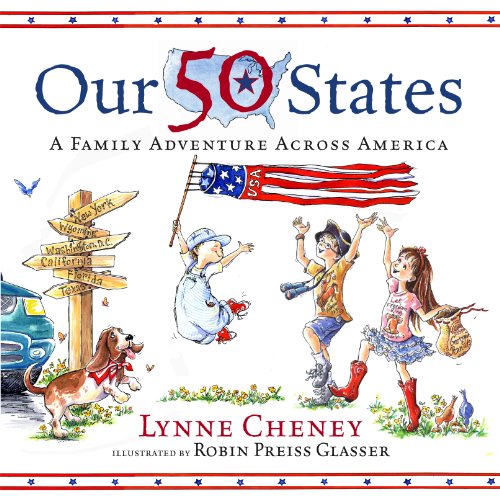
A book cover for Our 50 States; Lynne Cheney; Children's Books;